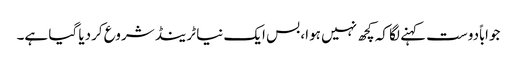
جواباًدوست کہنے لگا کہ کچھ نہیں ہوا، بس ایک نیا ٹرینڈ شروع کردیا گیا ہے۔